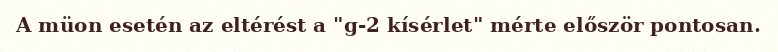
A müon esetén az eltérést a "g-2 kísérlet" mérte először pontosan.